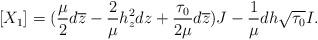
LaTeX: \begin{align*}[X_1]=(\frac{\mu}{2}d\overline{z}-\frac{2}{\mu}h_z^2dz+\frac{\tau_0}{2\mu}d\overline{z})J-\frac{1}{\mu}dh\sqrt{\tau_0}I.\end{align*}